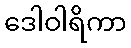
ဒေါဝါရိကာ